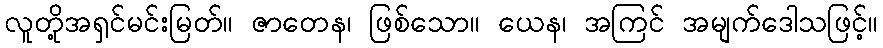
လူတို့အရှင်မင်းမြတ်။ ဇာတေန၊ ဖြစ်သော။ ယေန၊ အကြင် အမျက်ဒေါသဖြင့်။